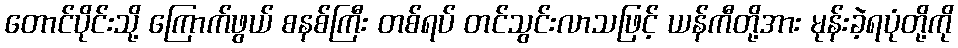
တောင်ပိုင်းသို့ ကြောက်ဖွယ် စနစ်ကြီး တစ်ရပ် တင်သွင်းလာသဖြင့် ယန်ကီတို့အား မုန်းခဲ့ရပုံတို့ကို